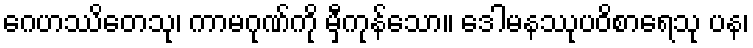
ဂေဟဿိတေသု၊ ကာမဂုဏ်ကို မှီကုန်သော။ ဒေါမနဿုပဝိစာရေသု ပန၊